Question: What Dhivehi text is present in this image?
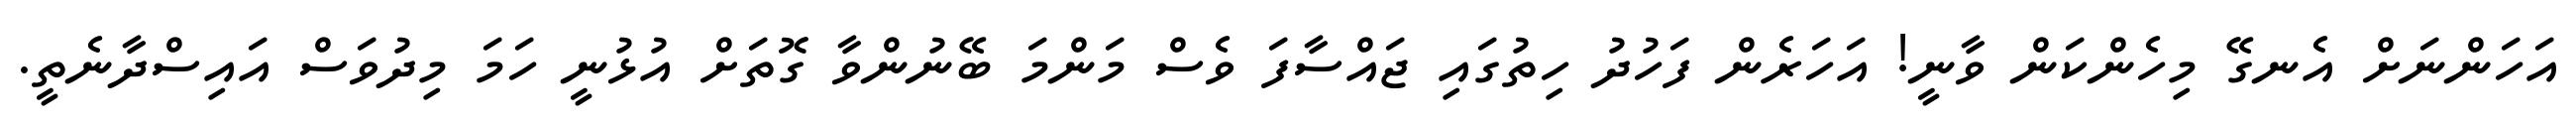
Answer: އަހަންނަށް އެނގޭ މިހެންކަން ވާނީ! އަހަރެން ފަހުދު ހިތުގައި ޖައްސާފަ ވެސް މަންމަ ބޭނުންވާ ގޮތަށް އުޅުނީ ހަމަ މިދުވަސް އައިސްދާނެތީ.